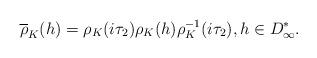
LaTeX: \begin{align*}\overline{\rho}_K(h) = {\rho}_K (i {\tau}_2) {\rho}_K (h){\rho}_K^{-1} (i {\tau}_2), h \in D^*_{\infty}.\end{align*}